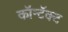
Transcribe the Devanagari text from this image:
कॉन्टॅक्ट